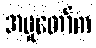
အမှုတော်က